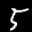
Label: 5